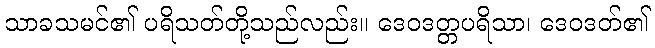
သာခသမင်၏ ပရိသတ်တို့သည်လည်း။ ဒေဝဒတ္တပရိသာ၊ ဒေဝဒတ်၏